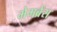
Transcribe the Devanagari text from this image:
मेमब्रेंस